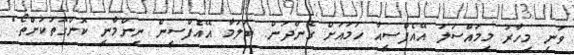
ވަނީ މިހާރު މިމައްސަލަ އޭއެފްސީއާ ހަމައަށް ގެންދަން. ބަލަމާ އޭއެފްސީން ނިންމާނީ ކޮންގޮތަކަށްތޯ."